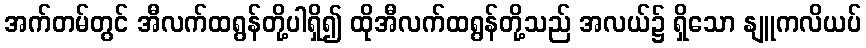
အက်တမ်တွင် အီလက်ထရွန်တို့ပါရှိ၍ ထိုအီလက်ထရွန်တို့သည် အလယ်၌ ရှိသော နျူကလိယပ်